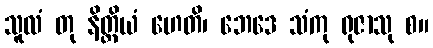
သူလံ တု နိတ္ထိယံ ဟေတိ၊ ဘေဒေ သံကု ရုဇာသု စ။